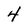
Character: 4